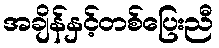
အချိန်နှင့်တစ်ပြေးညီ